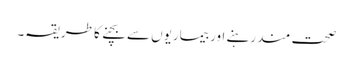
صحت مند رہنے اور بیماریوں سے بچنے کا طریقہ۔